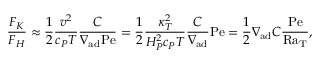
{ \frac { F _ { K } } { F _ { H } } } \approx { \frac { 1 } { 2 } } { \frac { v ^ { 2 } } { c _ { P } T } } { \frac { C } { \nabla _ { \mathrm { a d } } \mathrm { P e } } } = { \frac { 1 } { 2 } } { \frac { \kappa _ { T } ^ { 2 } } { H _ { P } ^ { 2 } c _ { P } T } } { \frac { C } { \nabla _ { \mathrm { a d } } } } \mathrm { P e } = { \frac { 1 } { 2 } } \nabla _ { \mathrm { a d } } C { \frac { \mathrm { P e } } { \mathrm { R a _ { T } } } } ,